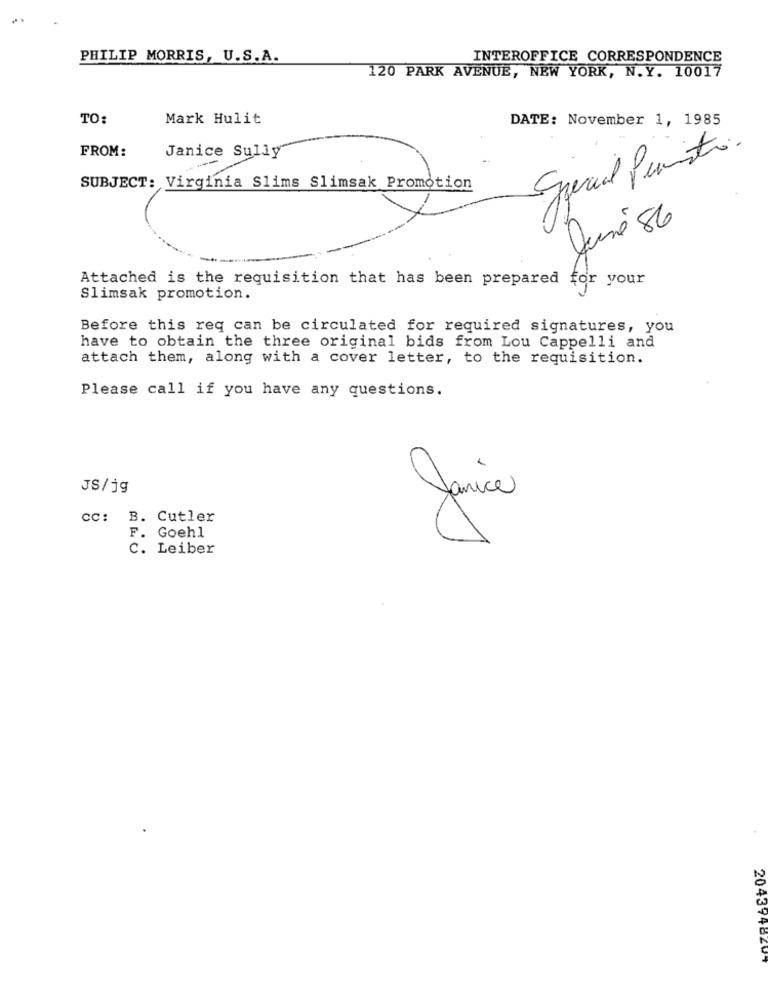
PHILIP MORRIS, U.S.A.
INTEROFFICE CORRESPONDENCE
120 PARK AVENUE, NEW YORK, N.Y. 10017
TO:
Mark Hulit
DATE: November 1, 1985
FROM:
Janice Sully
---
SUBJECT: Virginia Slims Slimsak Promotion
June 86
Attached is the requisition that has been prepared for your
Slimsak promotion.
Before this req can be circulated for required signatures, you
have to obtain the three original bids from Lou Cappelli and
attach them, along with a cover letter, to the requisition.
Please call if you have any questions.
JS/jg
cc: B. Cutler
Janice
F. Goehl
C. Leiber
2043948207